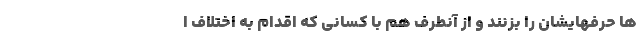
ها حرفهایشان را بزنند و از آنطرف هم با کسانی که اقدام به اختلاف ا